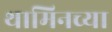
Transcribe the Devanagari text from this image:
थामिनच्या